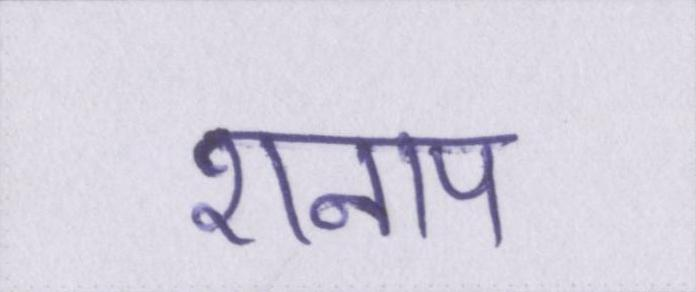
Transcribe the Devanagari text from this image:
शनाप